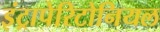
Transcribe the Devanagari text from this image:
इंट्रापेरिटोनियल